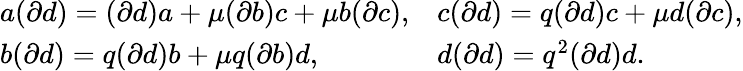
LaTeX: \begin{array}{ll}{{a(\partial d)=(\partial d)a+\mu(\partial b)c+\mu b(\partial c),}}&{{c(\partial d)=q(\partial d)c+\mu d(\partial c),}}\\ {{b(\partial d)=q(\partial d)b+\mu q(\partial b)d,}}&{{d(\partial d)=q^{2}(\partial d)d.}}\end{array}